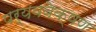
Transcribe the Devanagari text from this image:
पर्यववेक्षण